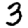
Digit: 3